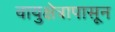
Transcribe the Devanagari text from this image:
वायुक्षेत्रापासून